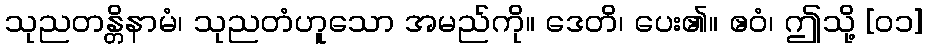
သုညတန္တိနာမံ၊ သုညတံဟူသော အမည်ကို။ ဒေတိ၊ ပေး၏။ ဧဝံ၊ ဤသို့ [၀၁]